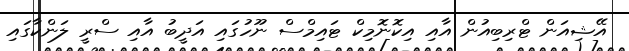
އޭޝިއަން ޓްރިބިއުން އާއި އިކޮނޮމިކް ޓައިމްސް ނޫހުގައި އަދީބު އާއި ސްރީ ލަންކާގައި